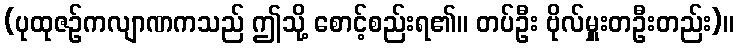
(ပုထုဇဉ်ကလျာဏကသည် ဤသို့ စောင့်စည်းရ၏။ တပ်ဦး ဗိုလ်မှူးတဦးတည်း)။